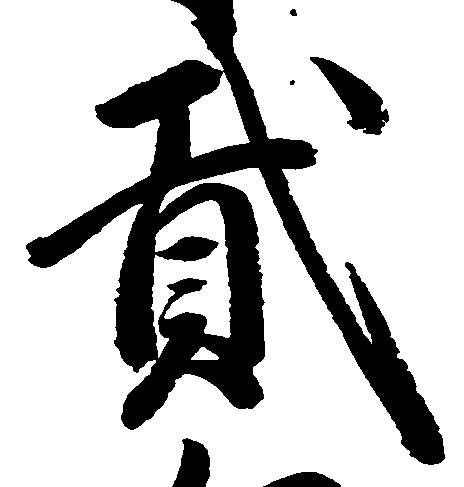
弐